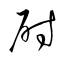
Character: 尉